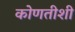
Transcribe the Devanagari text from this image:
कोणतीशी